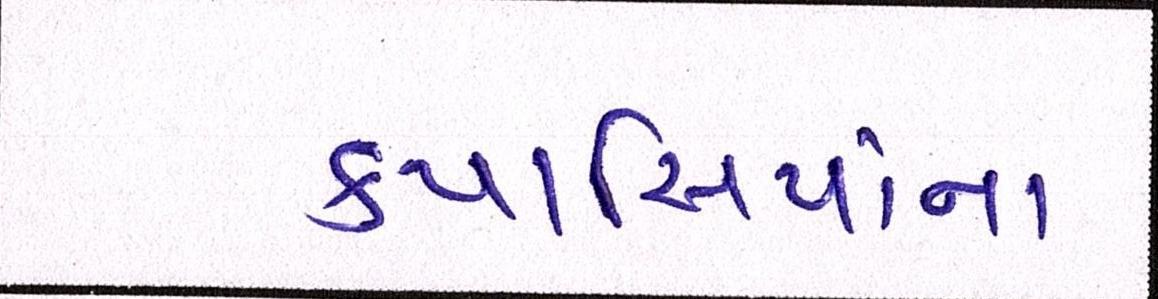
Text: કપાસિયાંના